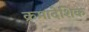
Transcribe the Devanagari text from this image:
क्रमादेशिक